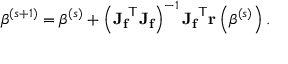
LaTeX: { \boldsymbol { \beta } } ^ { ( s + 1 ) } = { \boldsymbol { \beta } } ^ { ( s ) } + \left( \mathbf { J _ { f } } ^ { \mathsf { T } } \mathbf { J _ { f } } \right) ^ { - 1 } \mathbf { J _ { f } } ^ { \mathsf { T } } \mathbf { r } \left( { \boldsymbol { \beta } } ^ { ( s ) } \right) .